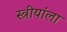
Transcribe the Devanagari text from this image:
स्त्रीयांला